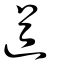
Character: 遒